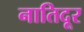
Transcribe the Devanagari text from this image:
नातिदूर